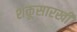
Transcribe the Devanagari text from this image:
शंकूसारखी